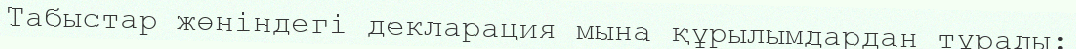
Табыстар жөніндегі декларация мына құрылымдардан тұрады: